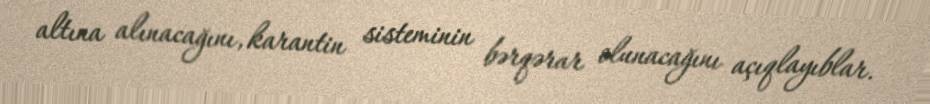
altına alınacağını, karantin sisteminin bərqərar olunacağını açıqlayıblar.